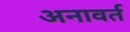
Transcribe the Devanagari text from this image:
अनावर्त